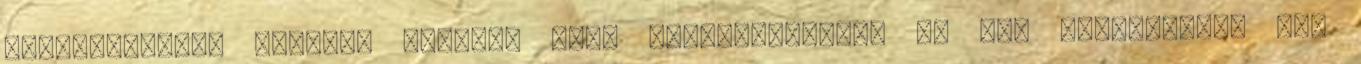
bérfejlesztés nélküli időszak után Magyarországon az OBI áruházakban egy